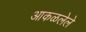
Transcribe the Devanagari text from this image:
आकळलेले